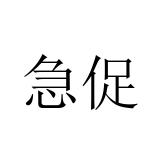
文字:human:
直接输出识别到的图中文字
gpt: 急促